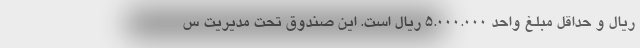
ریال و حداقل مبلغ واحد 5.000.000 ریال است. این صندوق تحت مدیریت س